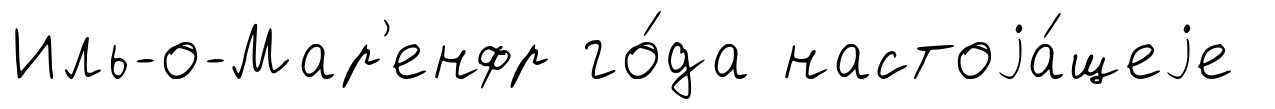
Иль-о-Мар'енфр го́да настоjа́щеjе